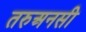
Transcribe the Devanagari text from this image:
तरुअनसी